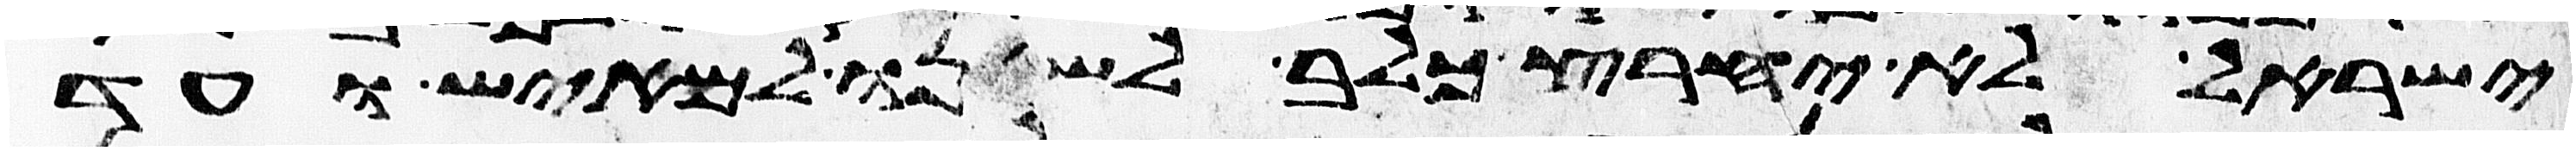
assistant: ישראל לא יחרץ כלב לשנו למאיש ועד